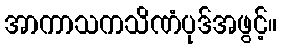
အာကာသကသိဏံပုဒ်အဖွင့်။